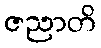
ဇညာတိ